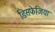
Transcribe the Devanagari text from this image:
डिसफेजिया